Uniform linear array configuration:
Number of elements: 48
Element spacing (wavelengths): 0.75
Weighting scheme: hann
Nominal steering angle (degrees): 45
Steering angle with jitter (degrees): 45.899
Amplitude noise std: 0.05
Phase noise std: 0.05

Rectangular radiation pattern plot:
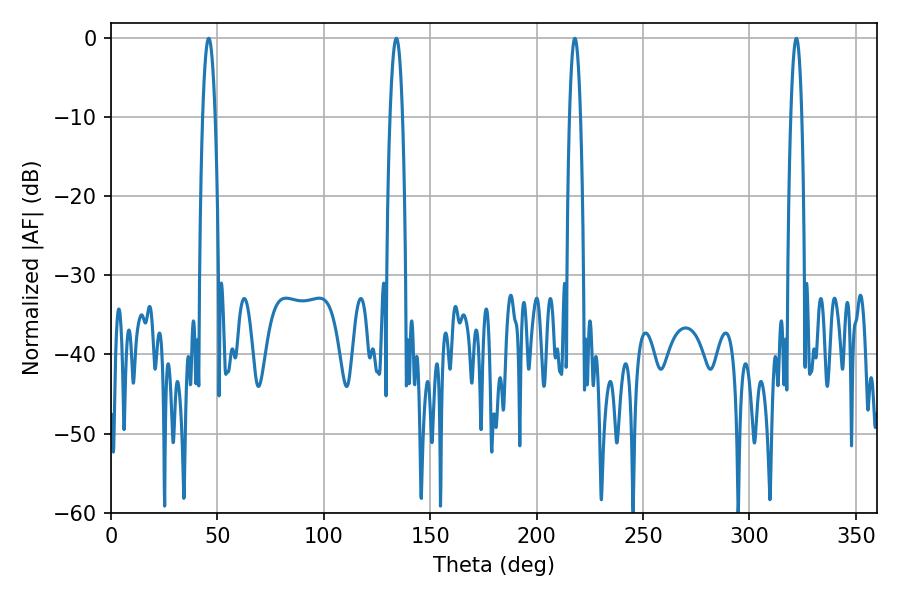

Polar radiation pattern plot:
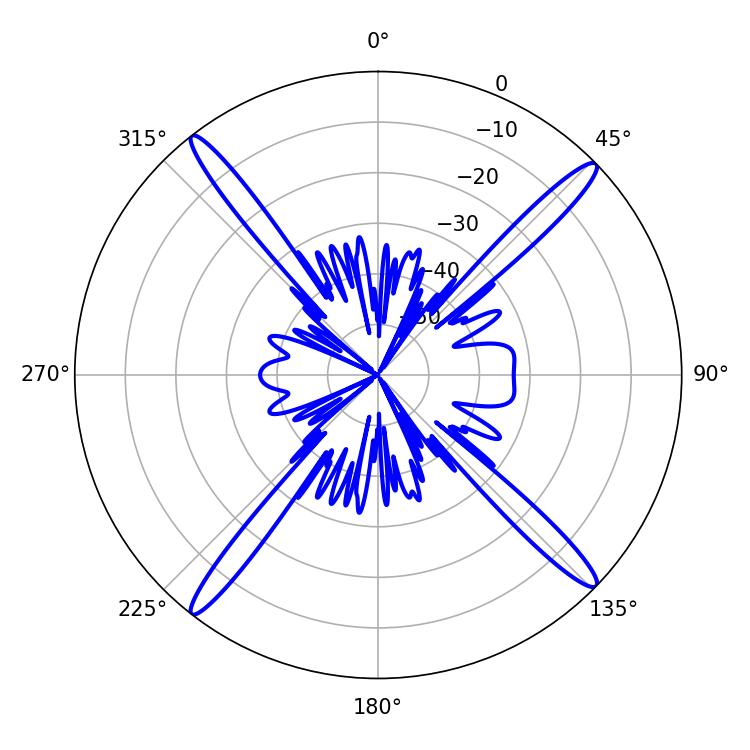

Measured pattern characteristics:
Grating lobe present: TRUE
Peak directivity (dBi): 19.623
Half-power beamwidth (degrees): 3.24
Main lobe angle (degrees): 45.9